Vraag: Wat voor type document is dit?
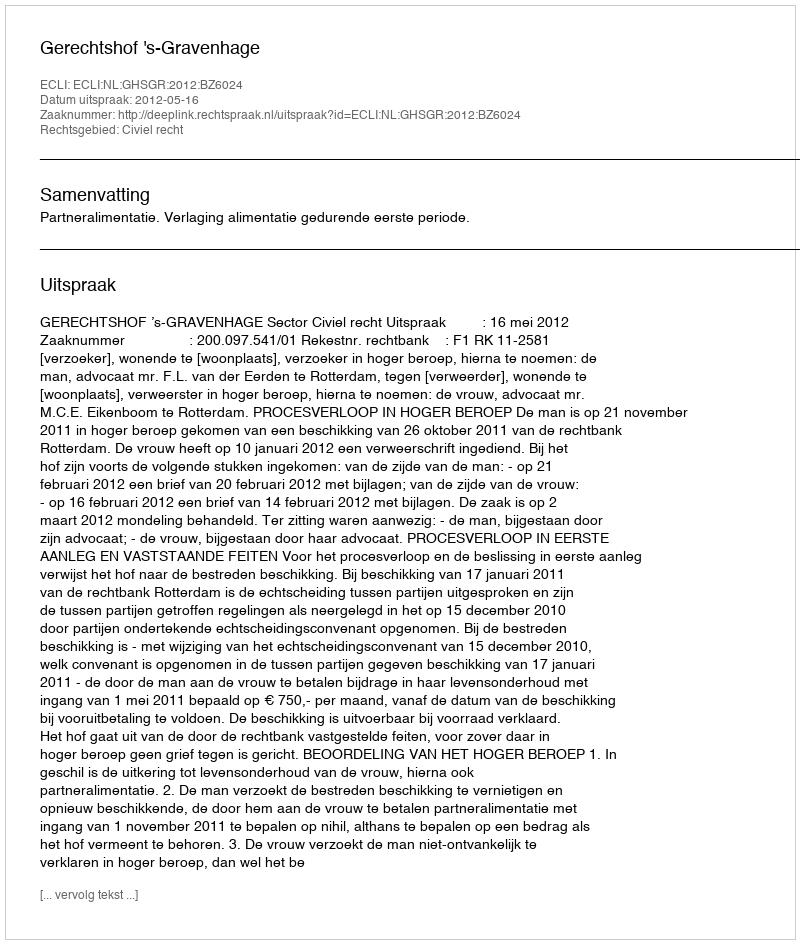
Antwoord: Uitspraak